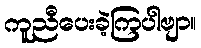
ကူညီပေးခဲ့ကြပါဗျာ။